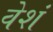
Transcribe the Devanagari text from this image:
वेशं